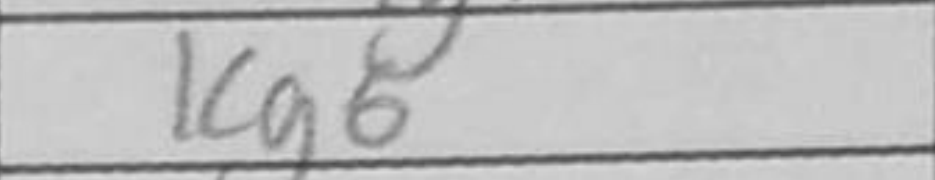
Transcription: Kg6